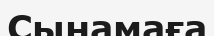
Сынамаға